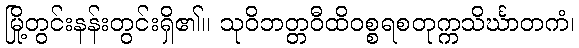
မြို့တွင်းနန်းတွင်းရှိ၏။ သုဝိဘတ္တဝီထိဝစ္စရစတုက္ကသိင်္ဃာတကံ၊